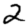
Digit: 2